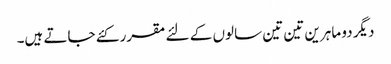
دیگر دو ماہرین تین تین سالوں کے لئے مقرر کئے جاتے ہیں۔